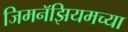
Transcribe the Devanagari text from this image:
जिमनॅझियमच्या